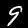
Digit: 9